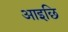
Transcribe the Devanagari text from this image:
आइछि